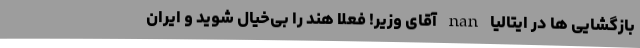
بازگشایی ها در ایتالیا nan آقای وزیر! فعلا هند را بی‌خیال شوید و ایران